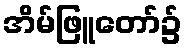
အိမ်ဖြူတော်၌